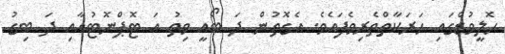
ހޮލީވުޑްގައި ހަރަކާތްތެރިވެފައެވެ. އެގޮތުން ދަ ބޯއީ ވިތު އަ ޓޮޕްނޮޓުއާއި ދަ ބިގު